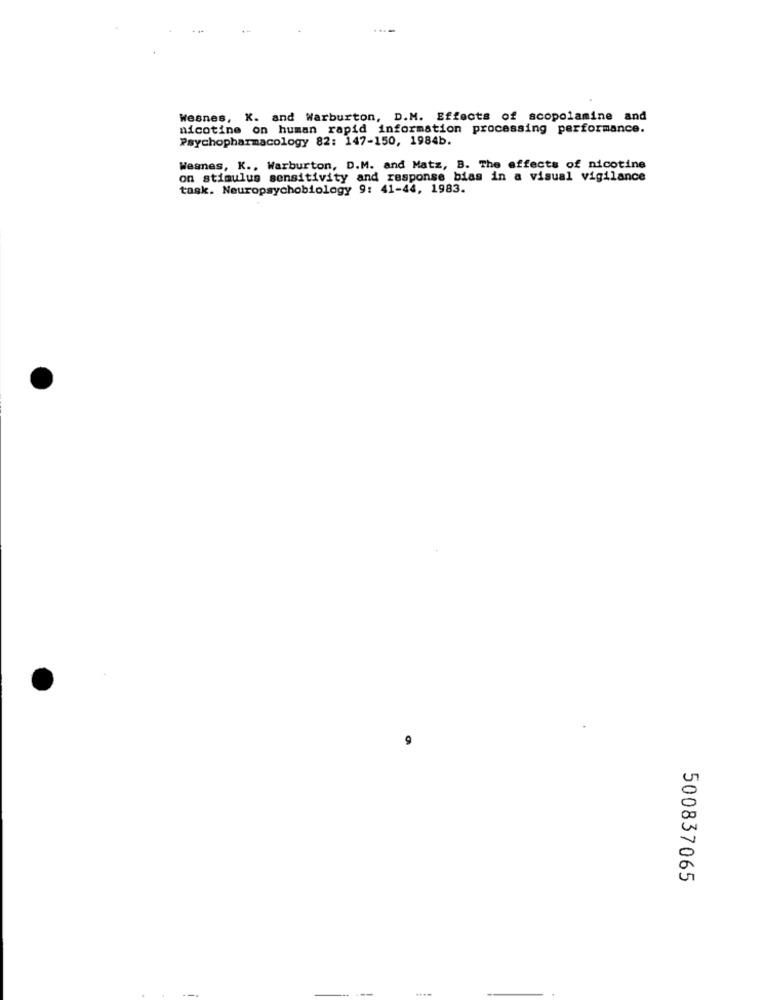
Wesnes, K. and Warburton, D.M. Effects of scopolamine and
nicotine on human rapid information processing performance.
Psychopharmacology 82: 147-150, 1984b.
Weanes, K ., Warburton, D.M. and Matz, B. The effects of nicotine
on stimulus sensitivity and response bias in a visual vigilance
task. Neuropsychobiology 9: 41-44, 1983.
500837065